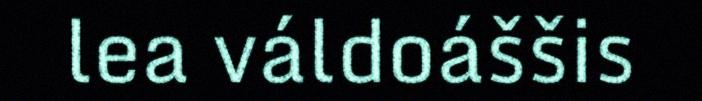
lea váldoáššis